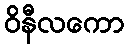
ဝိနီလကော